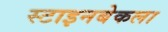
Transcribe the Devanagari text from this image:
स्टाइनबेकला